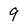
Character: 9